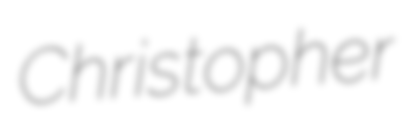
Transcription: Christopher